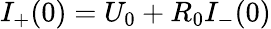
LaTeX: I_{+}(0)=U_{0}+R_{0}I_{-}(0)